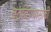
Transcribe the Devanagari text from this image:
वठविण्यासाठी